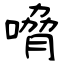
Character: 嗋